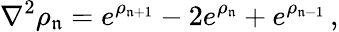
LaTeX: \nabla^{2}\rho_{\mathfrak{n}}=e^{\rho_{\mathfrak{n}+1}}-2e^{\rho_{\mathfrak{n}}}+e^{\rho_{\mathfrak{n}-1}}\, ,